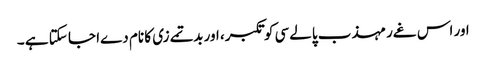
اور اس غےر مہذب پالےسی کو تکبر، اور بدتمےزی کا نام دےا جا سکتا ہے ۔